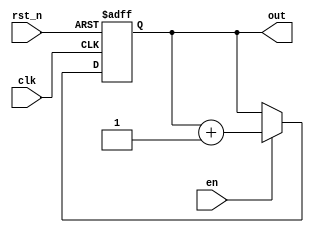
// -------------------------------------------------------
// Copyright (c) 2017 Cadence Design Systems, Inc.
//
// All rights reserved.
//
// Cadence Design Systems Proprietary and Confidential.
// -------------------------------------------------------

module counter (input clk, input rst_n, input en, output reg [7:0] out);
  always @(posedge clk or negedge rst_n) begin
    if (~rst_n)
      out <= 8'b00000000;
    else if (en)
      out <= out + 1'b1;
  end
endmodule